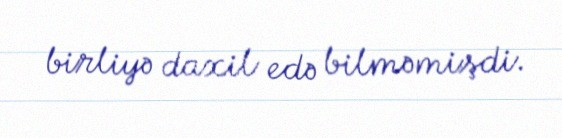
birliyə daxil edə bilməmişdi.